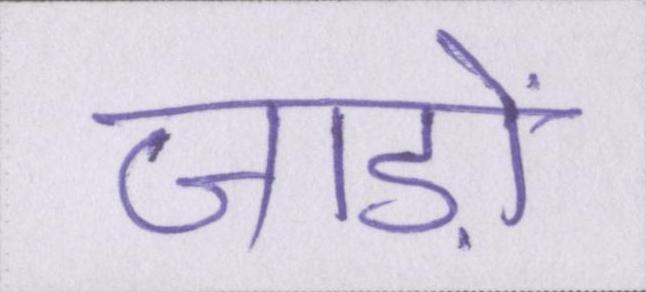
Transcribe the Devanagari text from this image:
जाड़ों